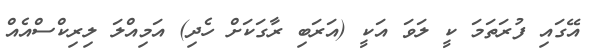
އޭގައި ފުރަތަމަ ކީ ލަވަ އަކީ (އަރަބި ރާގަކަށް ހެދި) އަމިއްލަ ލިރިކްސްއެއް